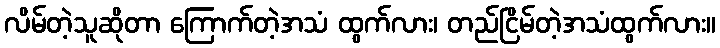
လိမ်တဲ့သူဆိုတာ ကြောက်တဲ့အသံ ထွက်လား၊ တည်ငြိမ်တဲ့အသံထွက်လား။